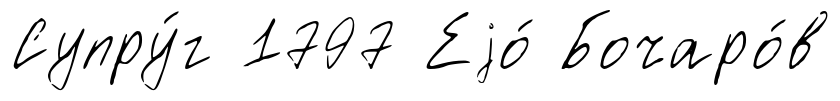
Супру́г 1797 Еjо́ Бочаро́в